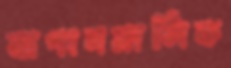
বাগানমালিক